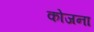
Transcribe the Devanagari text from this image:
कोजना